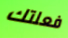
فعلتك